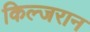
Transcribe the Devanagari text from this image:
किल्जरान